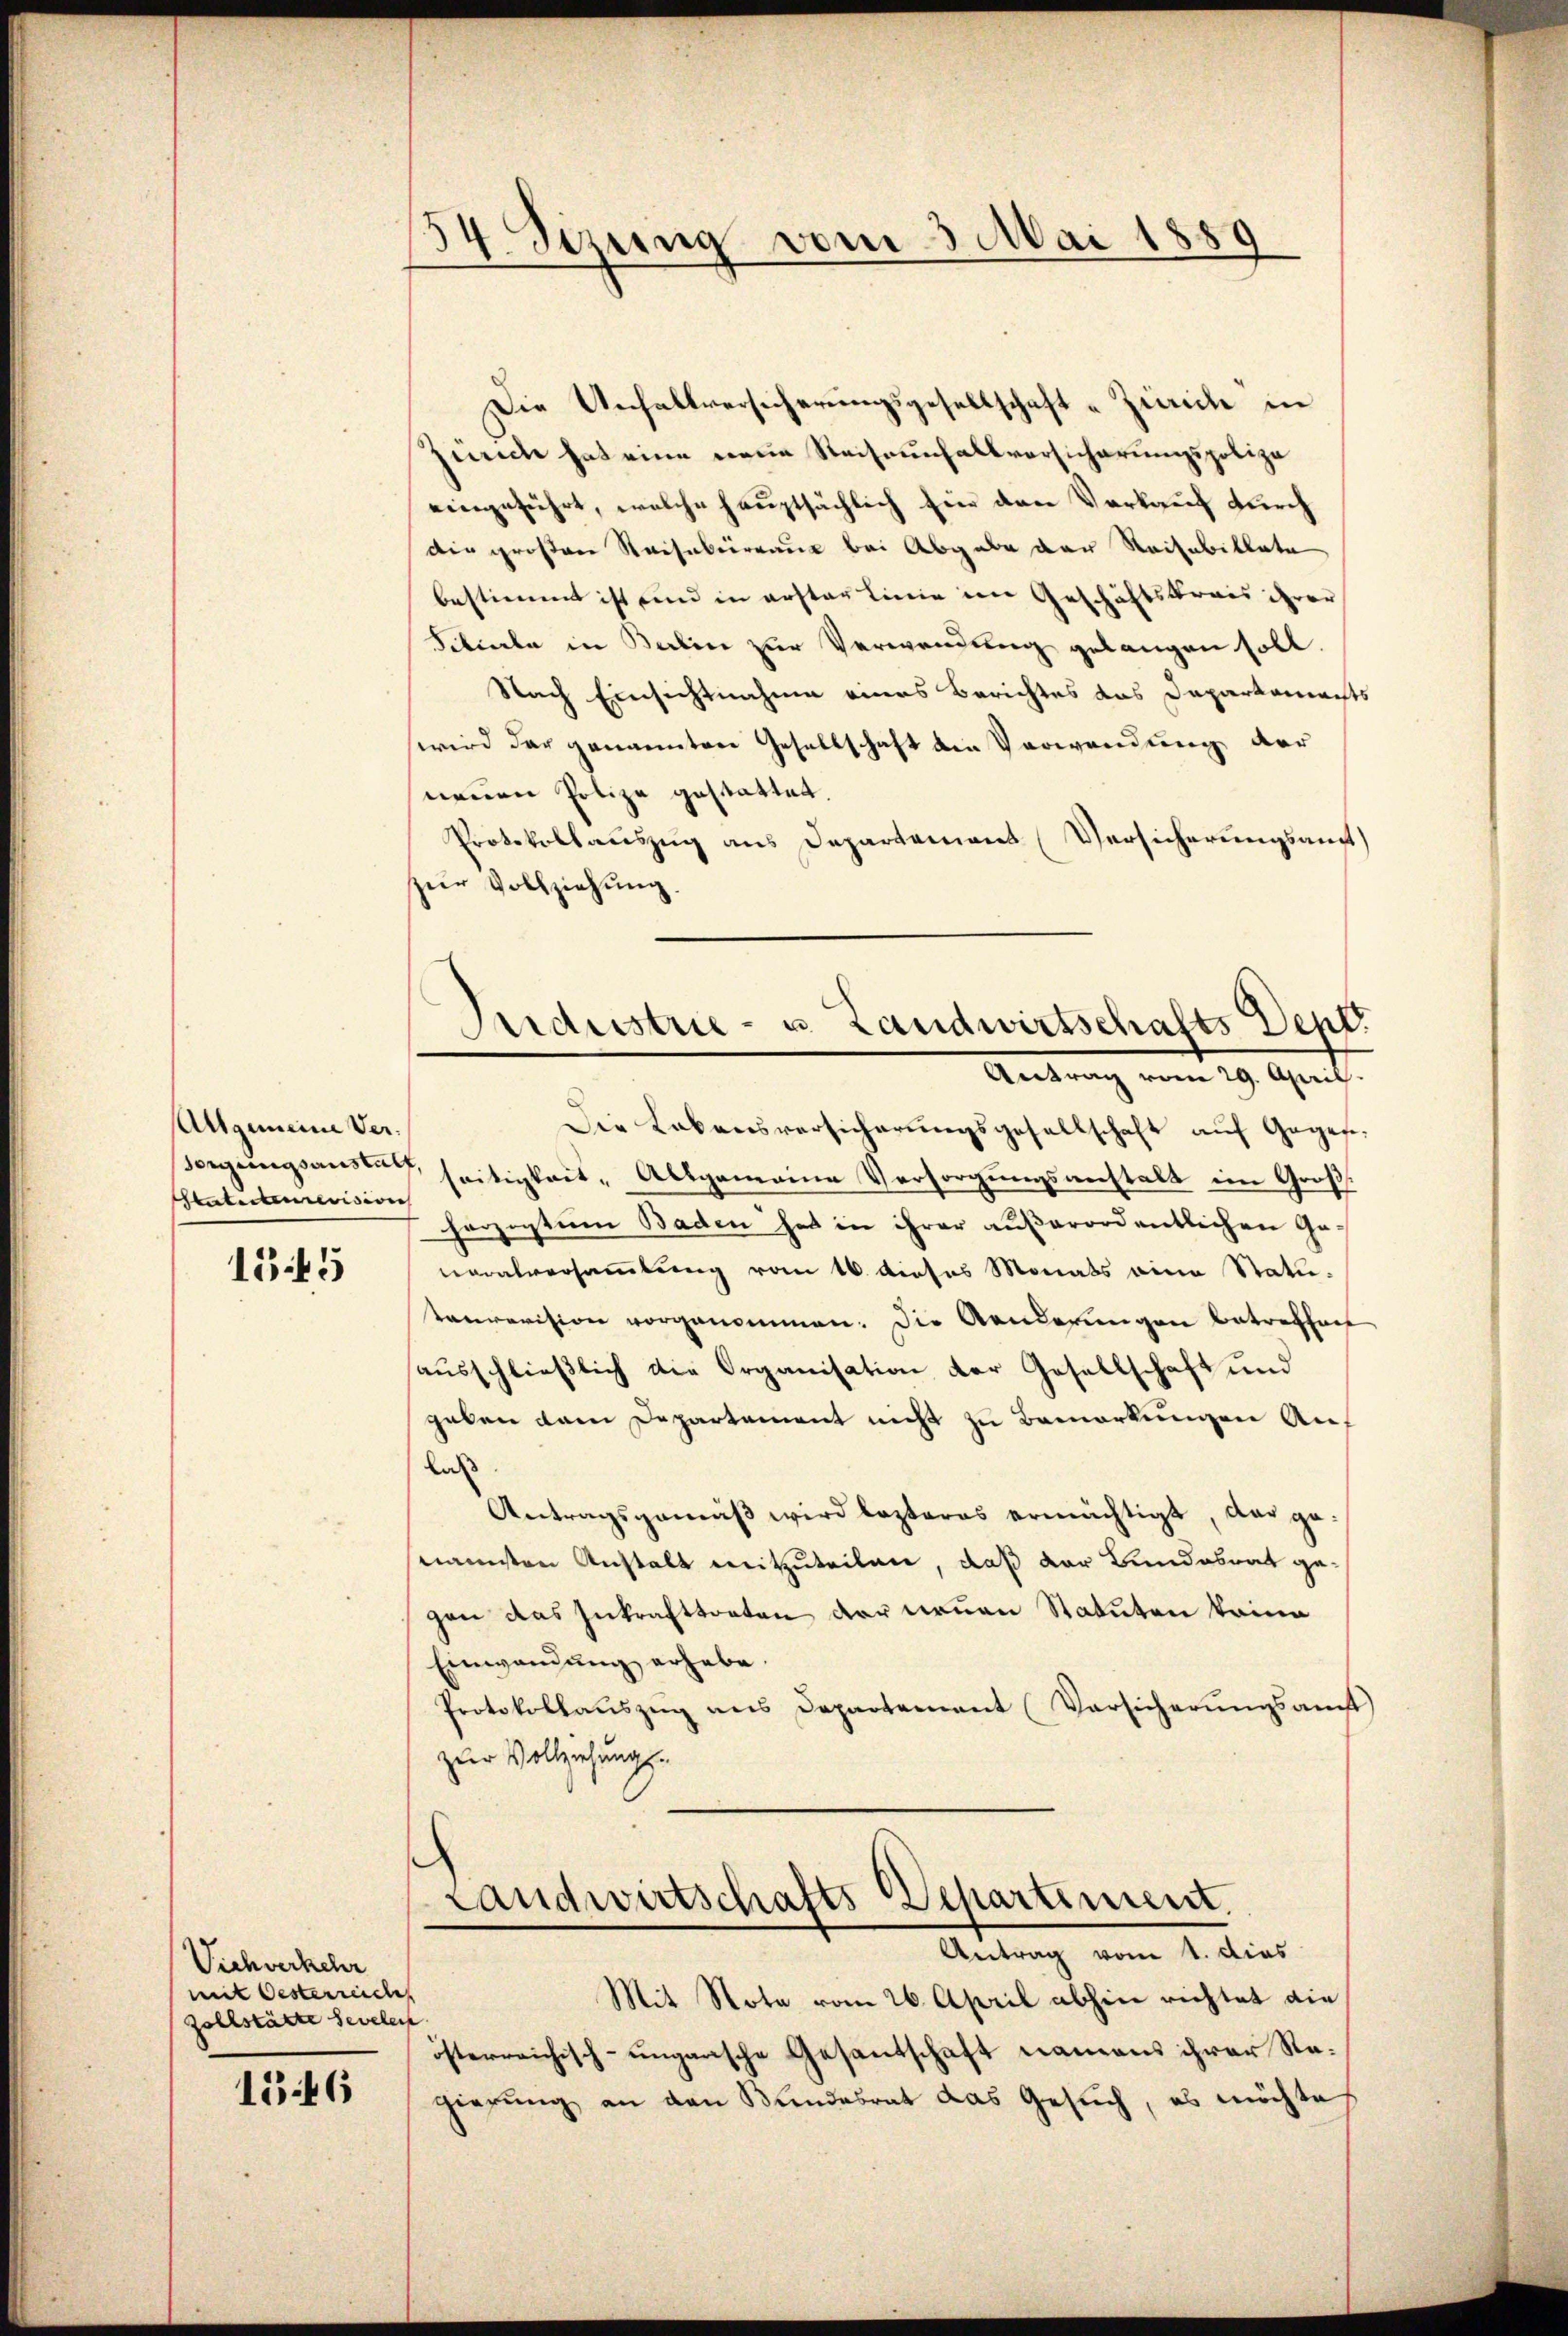
Allgemeine Ver¬
Statutenrevision

1545

Vichverkehr
mit Oesterreiches
zollstätte Sevelect

1546

54. Sezung vom 3 Mai 1889

Die Unfallversicherungsgesellschaft „Zürich in
Zürich hat eine neue Reiseunfallvorsicherungspolize
eingeführt, welche hauptsächlich für den Verkauf durch
die großen Reiseberraus bei Abgabe der Reihabiktate
bestimmt ist und in erster Linie im Geschäftskrais ihrer
Sitiale in Balin zur Verwendung gelangen soll.
Nach Einsichtnahme eines Berichtes das Dapartamachts
wird der genannten Gesellschaft am Verwendung der
neuen Polize gestattet.
Protokollauszug aus Departamens (Versicherungsamt
zur Vollziehung.
Die Lebensversicherungsgesellschaft auf Gegensorgŭngsanstag seitigkeit - Allgemeine Versorgungsanstalt ein Großherzigtum Baden hat in ihrer außerordentlichen Geveralversammlung vom 16. dieses Monats eine Statutaurevision vorgenommen. Die Aenderungen betreffnet
ausschließlich die Organisation der Gesellschaft und
geben dem Departement nicht zu Bemerkungen Auf
laß.
Antragsgemäß wird lezteres ermächtigt, das genannten Anstalt mitzuteilen, daß der Bundesrat gegen das Inkrafttreten der neuen Statuten keine
Einwandung erhabe.
Protokollauszug aus Departement (Vorsicherungsamst
zur Vollziehungs-

Ferdustrie- u. Landwirtschafts Dept.
Antrag vom 29. April.

Landwirtschafts Departement.
Antrag vom 1. dies

Mit Note vom 26. April abhin richtet die
österreichisch-ungarische Gesandschaft namens ihrer Regierung an den Bundesrat das Gesŭch, es möchte